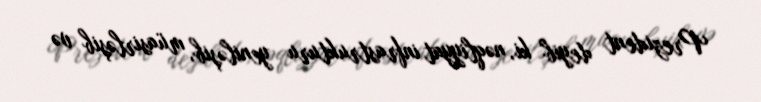
Prezident deyib ki, nəqliyyat infrastrukturu yeniləşib, müasirləşib və